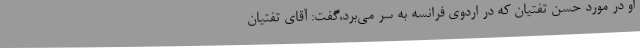
او در مورد حسن تفتیان که در اردوی فرانسه به سر می‌برد،گفت: آقای تفتیان